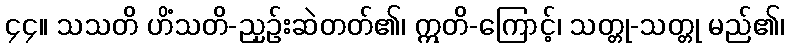
၄၄။ သသတိ ဟိံသတိ-ညှဉ်းဆဲတတ်၏၊ ဣတိ-ကြောင့်၊ သတ္တု-သတ္တု မည်၏၊